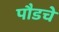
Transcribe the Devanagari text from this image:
पौडचे